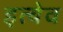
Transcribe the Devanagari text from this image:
इत्येव